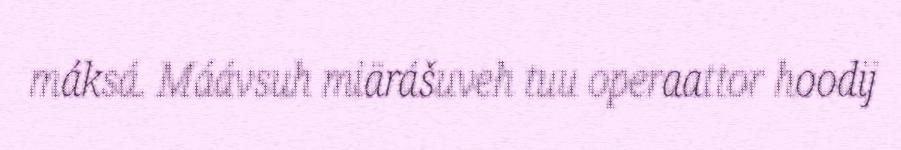
máksá. Máávsuh miärášuveh tuu operaattor hoodij